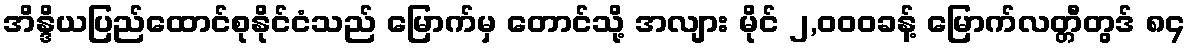
အိန္ဒိယပြည်ထောင်စုနိုင်ငံသည် မြောက်မှ တောင်သို့ အလျား မိုင် ၂,၀၀၀ခန့် မြောက်လတ္တီတွဒ် ၈၄